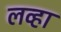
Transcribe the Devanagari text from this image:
लव्हा